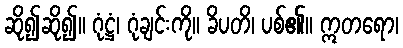
ဆို၍ဆို၍။ ဂုံဋ္ဌံ၊ ဂုံချင်းကို။ ခိပတိ၊ ပစ်၏။ ဣတရော၊